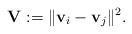
LaTeX: \begin{align*}\mathbf V:=\|\mathbf v_i-\mathbf v_j\|^2.\end{align*}